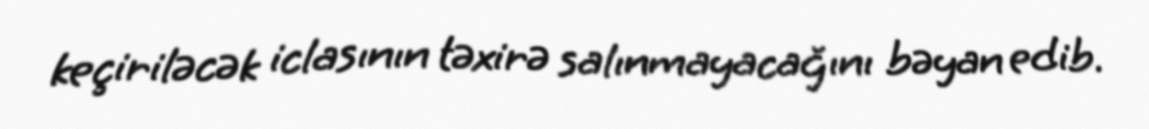
keçiriləcək iclasının təxirə salınmayacağını bəyan edib.